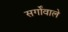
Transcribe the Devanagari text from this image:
सर्गोंवाले